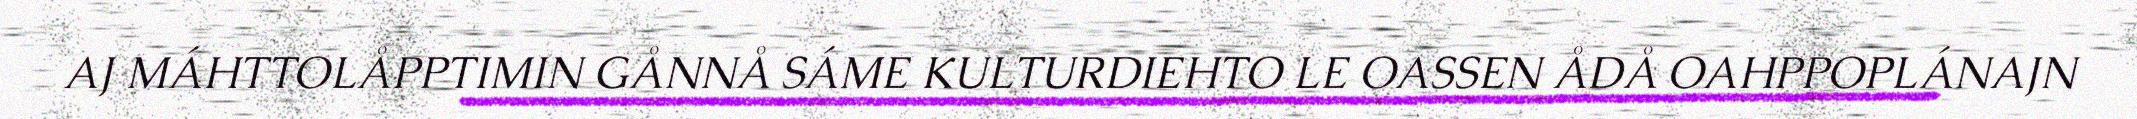
AJ MÁHTTOLÅPPTIMIN GÅNNÅ SÁME KULTURDIEHTO LE OASSEN ÅDÅ OAHPPOPLÁNAJN